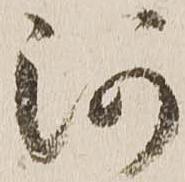
河